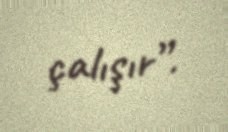
çalışır”.